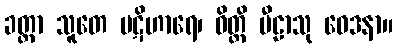
ခတ္တာ သူတေ ပဋိဟာရေ၊ ဝိတ္တိ ပီဠာသု ဝေဒနာ။